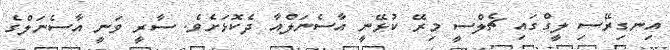
އިނގިރޭސި ލީގްގައި ޗެލްސީ މިރޭ ކުޅޭނީ އާސެނަލްއާ ދެކޮޅަށެވެ. ސާރީ ވަނީ އާސެނަލްގެ